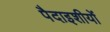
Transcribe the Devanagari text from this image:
पैदाइशीयों